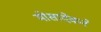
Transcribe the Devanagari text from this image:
मोसादेकने